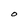
Character: O